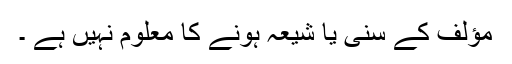
مؤلف کے سنی یا شیعہ ہونے کا معلوم نہیں ہے ۔